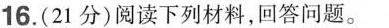
16.(21分)阅读下列材料，回答问题。